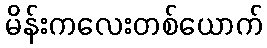
မိန်းကလေးတစ်ယောက်